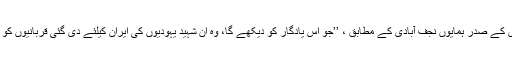
ایرانی یہودی برادری کے صدر ہمایوں نجف آبادی کے مطابق ، ’’جو اس یادگار کو دیکھے گا، وہ ان شہید یہودیوں کی ایران کیلئے دی گئی قربانیوں کو ضرور یاد کرے گا۔